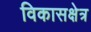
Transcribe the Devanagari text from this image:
विकासक्षेत्र